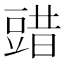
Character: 䜺